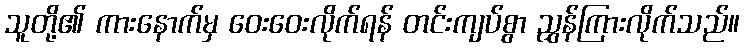
သူတို့၏ ကားနောက်မှ ဝေးဝေးလိုက်ရန် တင်းကျပ်စွာ ညွှန်ကြားလိုက်သည်။